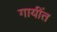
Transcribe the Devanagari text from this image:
गायींत